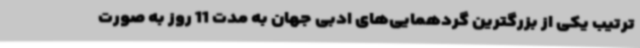
ترتیب یکی از بزرگترین گردهمایی‌های ادبی جهان به مدت 11 روز به صورت